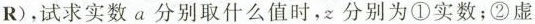
R)，试求实数a分别取什么值时，z分别为①实数；②虚